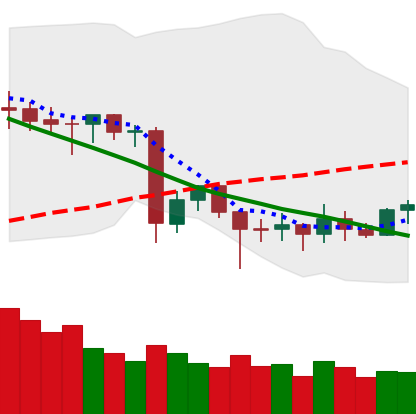
Ticker: ETC-USD
Chart end date: 2020-06-23
Forward return: -9.828%
Label: down_7plus